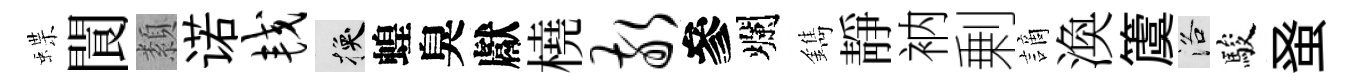
蝶閬纇诺较换蝗臭獻橈敬參爛鐫靜衲剰謫渙𥵂洛駿𫊫